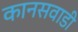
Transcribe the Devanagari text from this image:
कानसवाडी